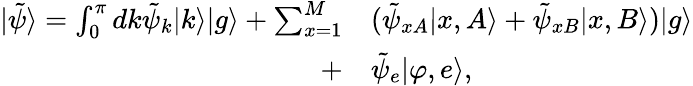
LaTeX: \begin{array}{rl}{|\tilde{\psi}\rangle=\int_{0}^{\pi}dk\tilde{\psi}_{k}|k\rangle|g\rangle+\sum_{x=1}^{M}}&{{}(\tilde{\psi}_{xA}|x,A\rangle+\tilde{\psi}_{xB}|x,B\rangle)|g\rangle}\\ {+}&{{}\tilde{\psi}_{e}|\varphi,e\rangle,}\end{array}